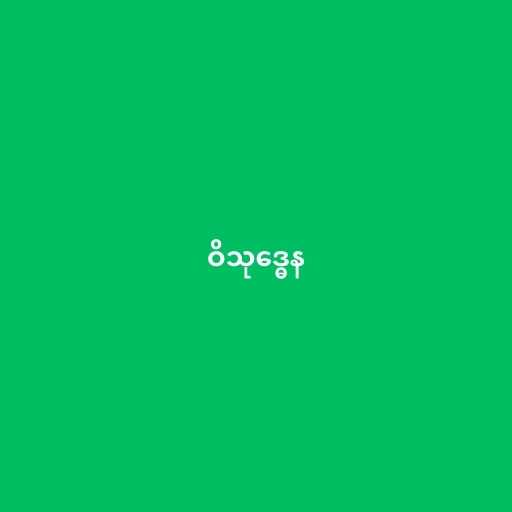
ဝိသုဒ္ဓေန